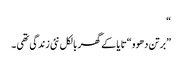
“
”برتن دھوو “تا یا کے گھر بالکل نئی زندگی تھی ۔